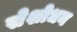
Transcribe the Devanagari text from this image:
सेशोधन